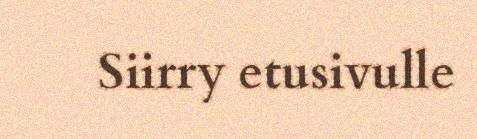
Siirry etusivulle